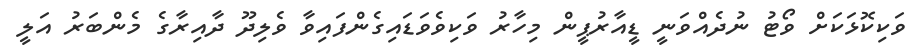
ވަކިކޮޅަކަށް ވޯޓު ނުދެއްވަނީ ޑީއާރުޕީން މިހާރު ވަކިވެވަޑައިގެންފައިވާ ވެލިދޫ ދާއިރާގެ މެންބަރު އަލީ